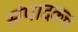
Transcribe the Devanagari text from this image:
संपादकच